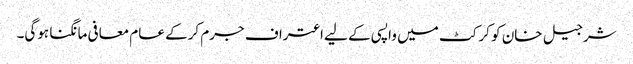
شرجیل خان کو کرکٹ میں واپسی کے لیے اعتراف جرم کرکے عام معافی مانگنا ہوگی۔